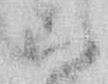
こ